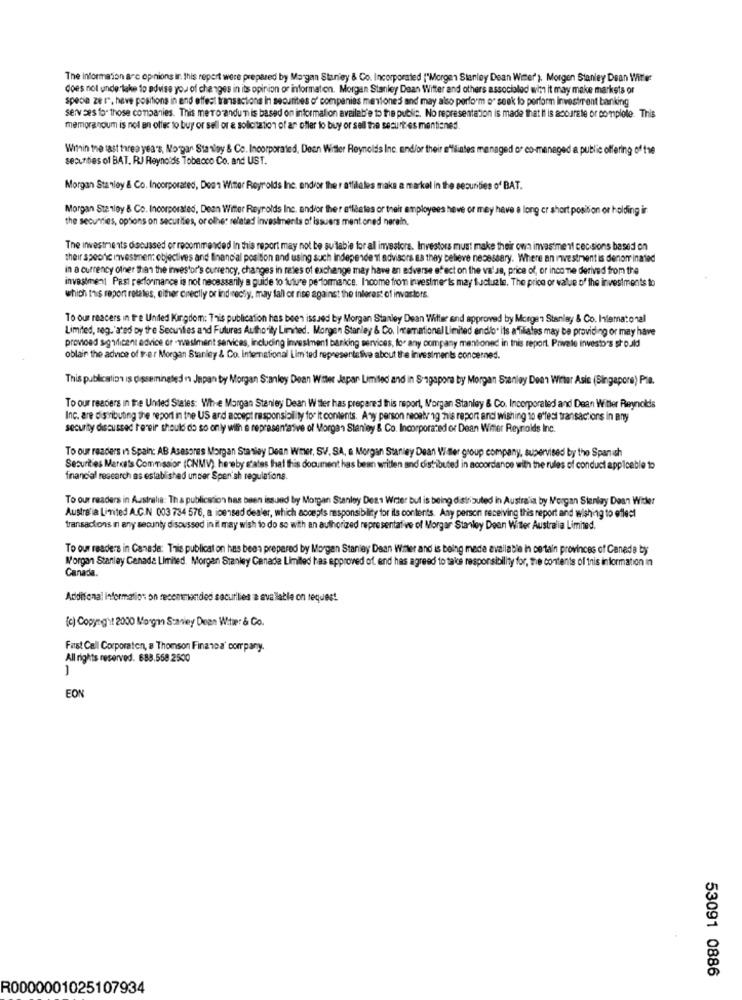
The Information arc opinions in this report were prepared by Morgan Stanley & Co. Incorporated ("Morgen Stanley Dean Wier ). Morgen Stanley Dean Wither
does not undertake to advise you of changes in its opinion of information. Morgan Stanley Daan Witter and others associated with it may make markets or
specia ze r", have positions in and effect transactions in securities of companies mentioned and may also perform o" seek to perform Investerent banking
servees for those companies. This metro andu'n is based on information availab'e to the public. No representation is made that It is accurate or complete. This
memorandum is not an offer to buy or sell or a solicitation of an offer to buy or sell the securities mentioned.
Within the last three years, Morgan Stanley & Co. Incorporated, Deen Witter Reynolds Inc. and/or their affiliates managed or co-manege
ng of the
securities of BAT. RJ Reynolds Tobacco Co. and UST.
Morgan Stanley & Co. Incorporated, Denn Witter Reynolds Inc. endir the r atfiliales make a markel in the securities of BAT.
Morgan Stanley & Co. Incorporated, Dean Winter Reynolds Inc. and/or ther atfiletes or their employees heve or may have a long cr short position or holding ir
the securities, options on securities, or other related investments of issuers ment oned nerain.
The investments discussed or recommended In this report may not be suitable for all investors. Investors must make their own investment cec sions based on
their spoonc investmen: objectives and financial position and using such Independent advisors sa they believe necessary. Where an investment is denom inated
in a currency other than the investor's currency, changes in rates of exchange may have an adverse effect on the valsa, price of, or income derived from the
investment Past performance is not necessarily a guide to future performance. Income from investments may tuctuzle. The price of value of the investments to
which this report rotates, either crectly or ind mechy, may fall or rise against the interest of invaslors.
To our readers in the United Kingdom: This publication has been issued by Morgan Stanley Dean Witter and approved by Morgen Stanley & Co. Intematonal
Limited, reg.'ated by the Securities and Futures Authority Limited. Morgan Stanley & Co. Incemationel Limited ando. its affiliates may be providing or may have
provided significant advice or -weslment services, including investment banking services, for any company mentioned in this report. Private investors should
oblain the advice of rer Morgan Stanley & Co. International Limited representative about the investments concerned.
This publication is dissemingled n Japan by Morgan Stanley Dean Witter Jaspar Limited and in Sigapore by Morgan Stanley Deen Winter Asie (Singapore) Pie.
To our readers in the United States: Wh-e Morgan Stanley Dean W tler has prepared this report, Morgan Stanley & Co. Incorporated and Dean Witter Reynolds
Inc. are distributing the report in the US and accept responsibility for it contents. Any person reoating his report and wishing to e"fest transactions in any
security discussed rereir should do so only with a representative of Morgan Stanley & Co. Incorporated or Dean Wier Reynolds Inc.
To our readers in Spain: AB Asesores Morgan Stanley Dean Witer, SV, SA, a Morgan Stanley Dean Willer group company, supervised by the Spanish
Securities Markets Commission (CNMV), hereby states that this document has been written and distributed in accordance with the rules of conduct applicable to
financial research as established unser Spanish regulations.
To our readers in Australia: Tha publication has been issued by Morgan Stanley Des1 Wrter bul is being distributed in Australia by Morgan Stanley Dean Wider
Australia Limited A.C.N 003 734 576, a ioensed dealer, which accepts responsibility for its contents. Any person receiving this report and wishing to oflect
transactions in any secunty discussed in il may wish to do so with an authorized representative of Morgan Stanley Deen Witter Australia Limited.
To our readers in Canade: This publication has been prepared by Morgan Stanley Dean Wimer and is being made available in certain provinces of Canada by
Morgan Stanley Canada Limited. Morgan Stanley Canada Limited has approved of, and has agreed to take responsibility for, the contents of this information in
Canada.
Additional Information on recommended securities a available on request
(c) Copying't 2000 Morgan Stanley Dean Witwer & Co.
Fast Call Corporaten, a Thomson Finanea' company.
All rights reserved. 688.558 2500
2-
EON
53091 0886
R0000001025107934